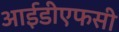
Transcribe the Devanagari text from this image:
आईडीएफसी